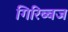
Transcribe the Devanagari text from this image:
गिरिब्बज